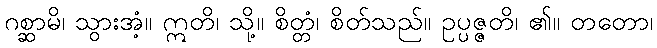
ဂစ္ဆာမိ၊ သွားအံ့။ ဣတိ၊ သို့။ စိတ္တံ၊ စိတ်သည်။ ဥပ္ပဇ္ဇတိ၊ ၏။ တတော၊